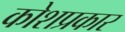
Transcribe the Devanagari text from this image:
कोशप्रकार